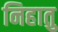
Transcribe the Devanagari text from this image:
निहातु